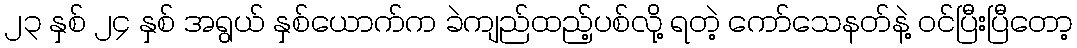
၂၃ နှစ် ၂၄ နှစ် အရွယ် နှစ်ယောက်က ခဲကျည်ထည့်ပစ်လို့ ရတဲ့ ကော်သေနတ်နဲ့ ဝင်ပြီးပြီတော့